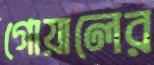
গোয়ালের